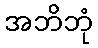
အဘိဘုံ